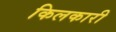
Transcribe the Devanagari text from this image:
किलकारी